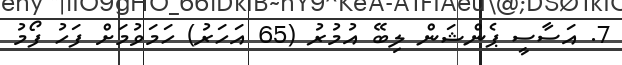
7. އަސާސީ ޕެންޝަން ލިބޭ އުމުރު (65 އަހަރު) ހަމަވުމަށް ފަހު ފޯމު